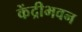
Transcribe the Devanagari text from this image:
केंद्रीभवन